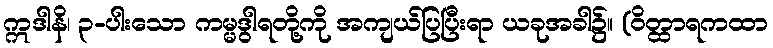
ဣဒါနိ၊ ၃-ပါးသော ကမ္မဒွါရတို့ကို အကျယ်ပြပြီးရာ ယခုအခါ၌။ (ဝိတ္ထာရကထာ